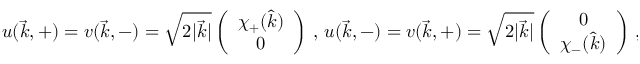
u ( \vec { k } , + ) = v ( \vec { k } , - ) = \sqrt { 2 | \vec { k } | } \left( \begin{array} { c } { { \chi _ { + } ( \hat { k } ) } } \\ { { 0 } } \end{array} \right) \, , \, u ( \vec { k } , - ) = v ( \vec { k } , + ) = \sqrt { 2 | \vec { k } | } \left( \begin{array} { c } { { 0 } } \\ { { \chi _ { - } ( \hat { k } ) } } \end{array} \right) \, ,